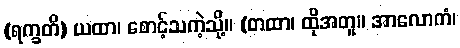
(ရက္ခတိ) ယထာ၊ စောင့်သကဲ့သို့။ (တထာ၊ ထိုအတူ။ အာလောကံ၊